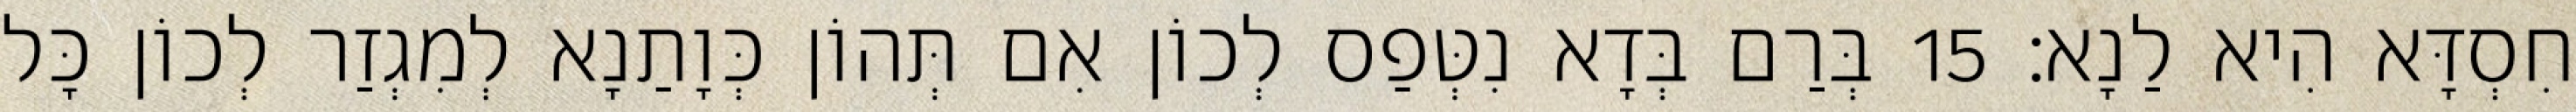
חִסְדָּא הִיא לַנָא׃ 15 בְּרַם בְּדָא נִטְּפַס לְכוֹן אִם תְּהוֹן כְּוָתַנָא לְמִגְזַר לְכוֹן כָּל